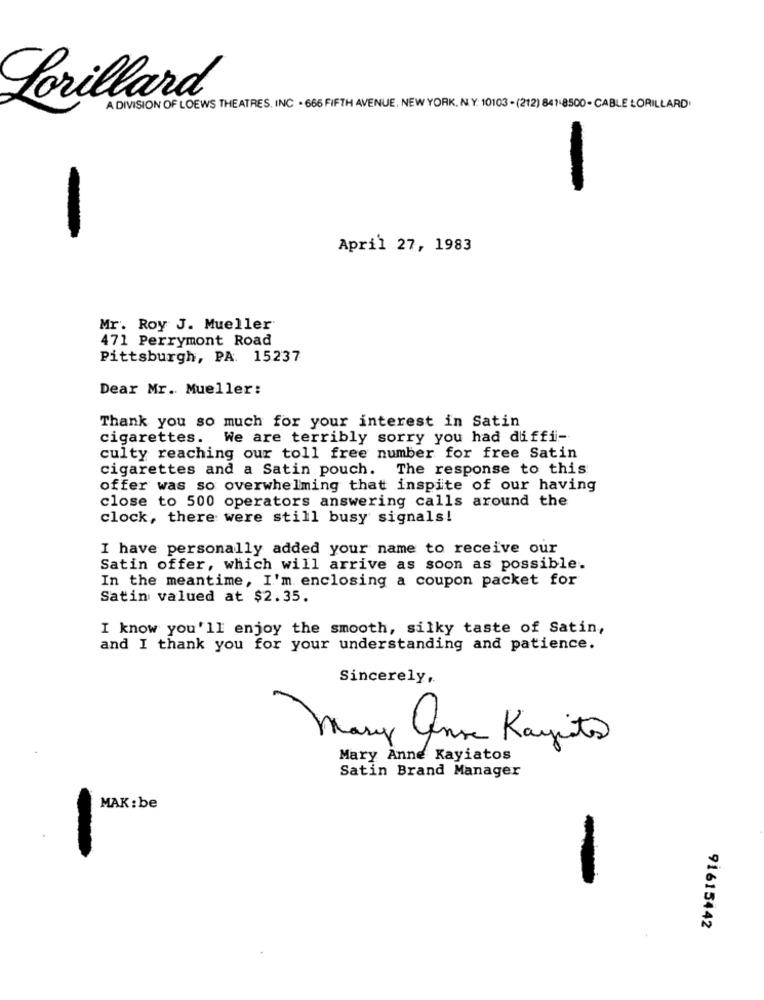
Lorillard
A DIVISION OF LOEWS THEATRES, INC . 666 FIFTH AVENUE, NEW YORK, N. Y: 10103 - (212) 841.8500- CABLE LORILLARD
-
April 27, 1983
Mr. Roy J. Mueller
471 Perrymont Road
Pittsburgh, PA. 15237
Dear Mr. Mueller:
Thank you so much for your interest in Satin
cigarettes. We are terribly sorry you had diffi-
culty reaching our toll free number for free Satin
cigarettes and a Satin pouch. The response to this
offer was so overwhelming that inspite of our having
close to 500 operators answering calls around the
clock, there were still busy signals!
I have personally added your name to receive our
Satin offer, which will arrive as soon as possible.
In the meantime, I'm enclosing a coupon packet for
Satin valued at $2.35.
I know you'll enjoy the smooth, silky taste of Satin,
and I thank you for your understanding and patience.
Sincerely,
Mas
ans Kayits
Mary Anne Kayiatos
Satin Brand Manager
MAK: be
91615442